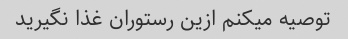
توصیه میکنم ازین رستوران غذا نگیرید